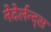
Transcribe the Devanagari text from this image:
नेदेर्लन्द्स